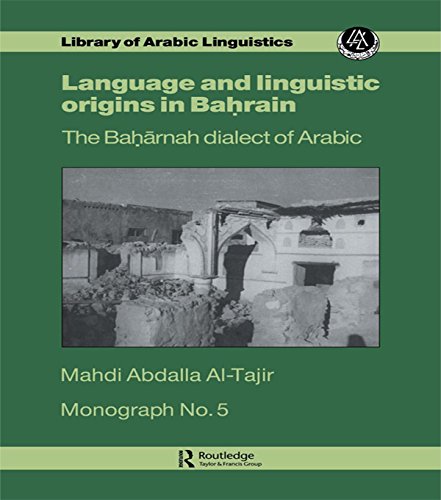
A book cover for Lang & Linguistic In Bahrain Mon (Library of Arabic Linguistics); Al-Tajir; History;